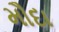
મૌદા